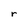
Character: r